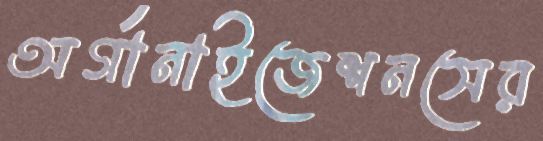
অর্গানাইজেশনসের